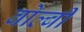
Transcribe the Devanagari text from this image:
बोल्बी